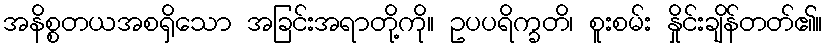
အနိစ္စတယအစရှိသော အခြင်းအရာတို့ကို။ ဥပပရိက္ခတိ၊ စူးစမ်း နှိုင်းချိန်တတ်၏။